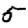
Digit: 5